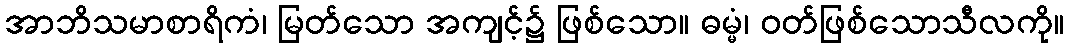
အာဘိသမာစာရိကံ၊ မြတ်သော အကျင့်၌ ဖြစ်သော။ ဓမ္မံ၊ ဝတ်ဖြစ်သောသီလကို။